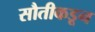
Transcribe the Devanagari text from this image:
सौतीकडून